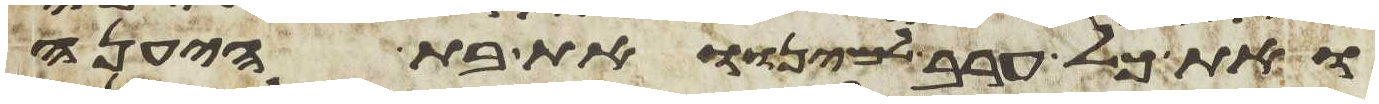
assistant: ואת כל ערב למינו ואת בת היענה